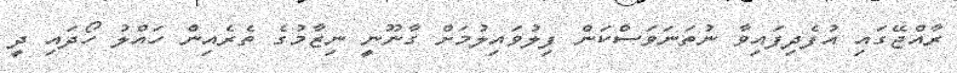
ރާއްޖޭގައި އުފެދިފައިވާ ނުތަނަވަސްކަން ފިލުވައިލުމަށް ގާނޫނީ ނިޒާމުގެ ތެރެއިން ހައްލު ހޯދައި ދީ